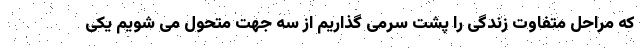
که مراحل متفاوت زندگی را پشت سرمی گذاریم از سه جهت متحول می شویم یکی